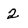
Character: 2